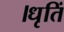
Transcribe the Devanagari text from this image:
।धृतिं